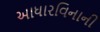
આધારવિનાની